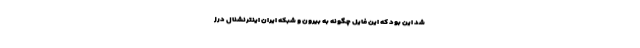
شد این بود که این فایل چگونه به بیرون و شبکه ایران اینترنشنال درز